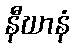
နီဃာနံ